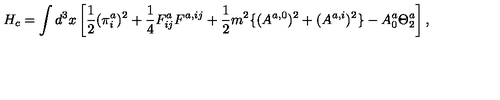
H _ { c } = \int d ^ { 3 } x \left[ \frac { 1 } { 2 } ( \pi _ { i } ^ { a } ) ^ { 2 } + \frac { 1 } { 4 } F _ { i j } ^ { a } F ^ { a , i j } + \frac { 1 } { 2 } m ^ { 2 } \{ ( A ^ { a , 0 } ) ^ { 2 } + ( A ^ { a , i } ) ^ { 2 } \} - A _ { 0 } ^ { a } \Theta _ { 2 } ^ { a } \right] ,